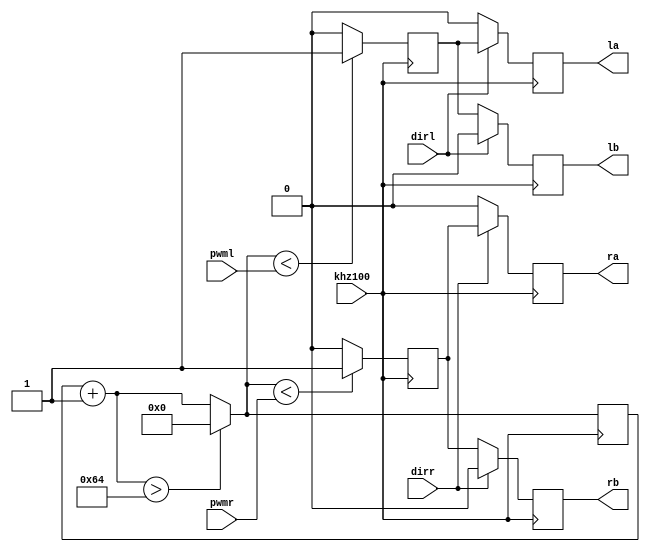
/*
	Team ID		:	SM#1280
	Author list	: 	Krithik sankar, Ayush Mittal
	Filename		: 	SM_1280_motor.v
	Theme			:	Sankatmochan Bot
	Function		:	motor
	Global Variables : None
		
*/
	

/*

Function Nmae :	motor
Input 		  :	khz100, dirl, dirr,pwml,pwmr
Output 		  :	la,lb,ra, rb
Logic			  :	It converts the numerical pwm values in to  the actual hardware signals with the help of 100 khz clock signal. Resulting Pwm value is of 1khz 
						frequency. 

Example Call  :	motor utt2(
						 .khz100(khz100),
						 .dirl(dirl),
						 .dirr(dirr),
						 .pwml(pwml),
						 .pwmr(pwmr),
						 .la(la),
						 .lb(lb),
						 .ra(ra),
						 .rb(rb)
						 );
*/






module motor(
input khz100,				// 100khz clock from pll 
input dirl,					// 1 for forward 0 for backward
input dirr,					// 1 for forward 0 for backward
input [7:0] pwml,			// pwm value of left motor
input [7:0] pwmr,			// pwm value of right motor

output reg la,				// Hardware signal for left motor
output reg lb,				// Hardware signal for left motor 
output reg ra,				// Hardware signal for right motor
output reg rb				// Hardware signal for right motor
);

reg [7:0] count=0;
reg levell;
reg levelr;
 
always @(posedge khz100) 		// forms the pwm signal ... 100 counts of 100 khz signal = 1 milli sec period 
begin
count=count+1;

		if (count>100)
		count =0;

		if(count <pwml)
		levell=1;
		else levell=0;


		if(count <pwmr)
		levelr=1;
		else levelr=0;
		
end



always @ (posedge khz100)		// assigns the pwm signal according to the direction required to the hardware pins
begin

	if(dirl==1)
	begin
		la=levell;
		lb=0;
	end
	else begin
		lb=levell;
		la=0;
	end

	if(dirr==1)
	begin
		ra=levelr;
		rb=0;
	end
	else begin
		rb=levelr;
		ra=0;
	end
	
end

 

endmodule